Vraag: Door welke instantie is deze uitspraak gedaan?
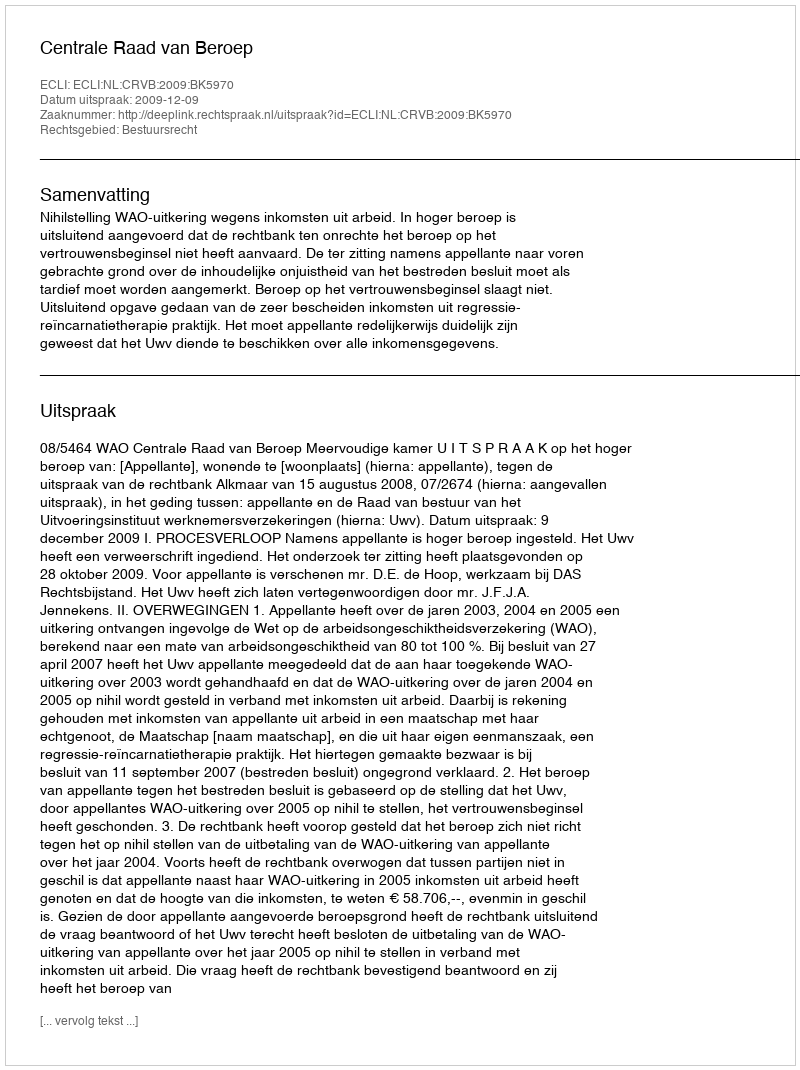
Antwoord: Centrale Raad van Beroep